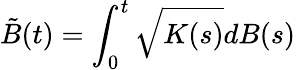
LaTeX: \tilde{B}(t)=\int_{0}^{t}\sqrt{K(s)}dB(s)